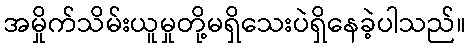
အမှိုက်သိမ်းယူမှုတို့မရှိသေးပဲရှိနေခဲ့ပါသည်။